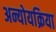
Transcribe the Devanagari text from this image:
अन्योयक्रिया